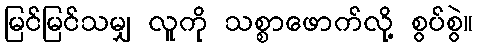
မြင်မြင်သမျှ လူကို သစ္စာဖောက်လို့ စွပ်စွဲ။